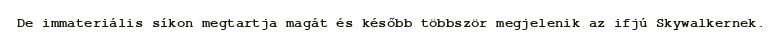
De immateriális síkon megtartja magát és később többször megjelenik az ifjú Skywalkernek.